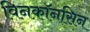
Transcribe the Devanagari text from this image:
विनकॉनसिन